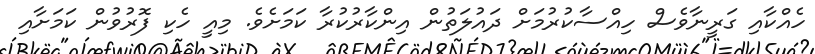
ހެއްކާއި ގަރީނާވެސް ހިއްސާކުރުމަށް ދައުލަތުން އިންކާރުކުރާ ކަމަށެވެ. މިއީ ހެކި ފޮރުވުން ކަމަށާއި